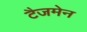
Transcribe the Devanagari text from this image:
टैजमेन